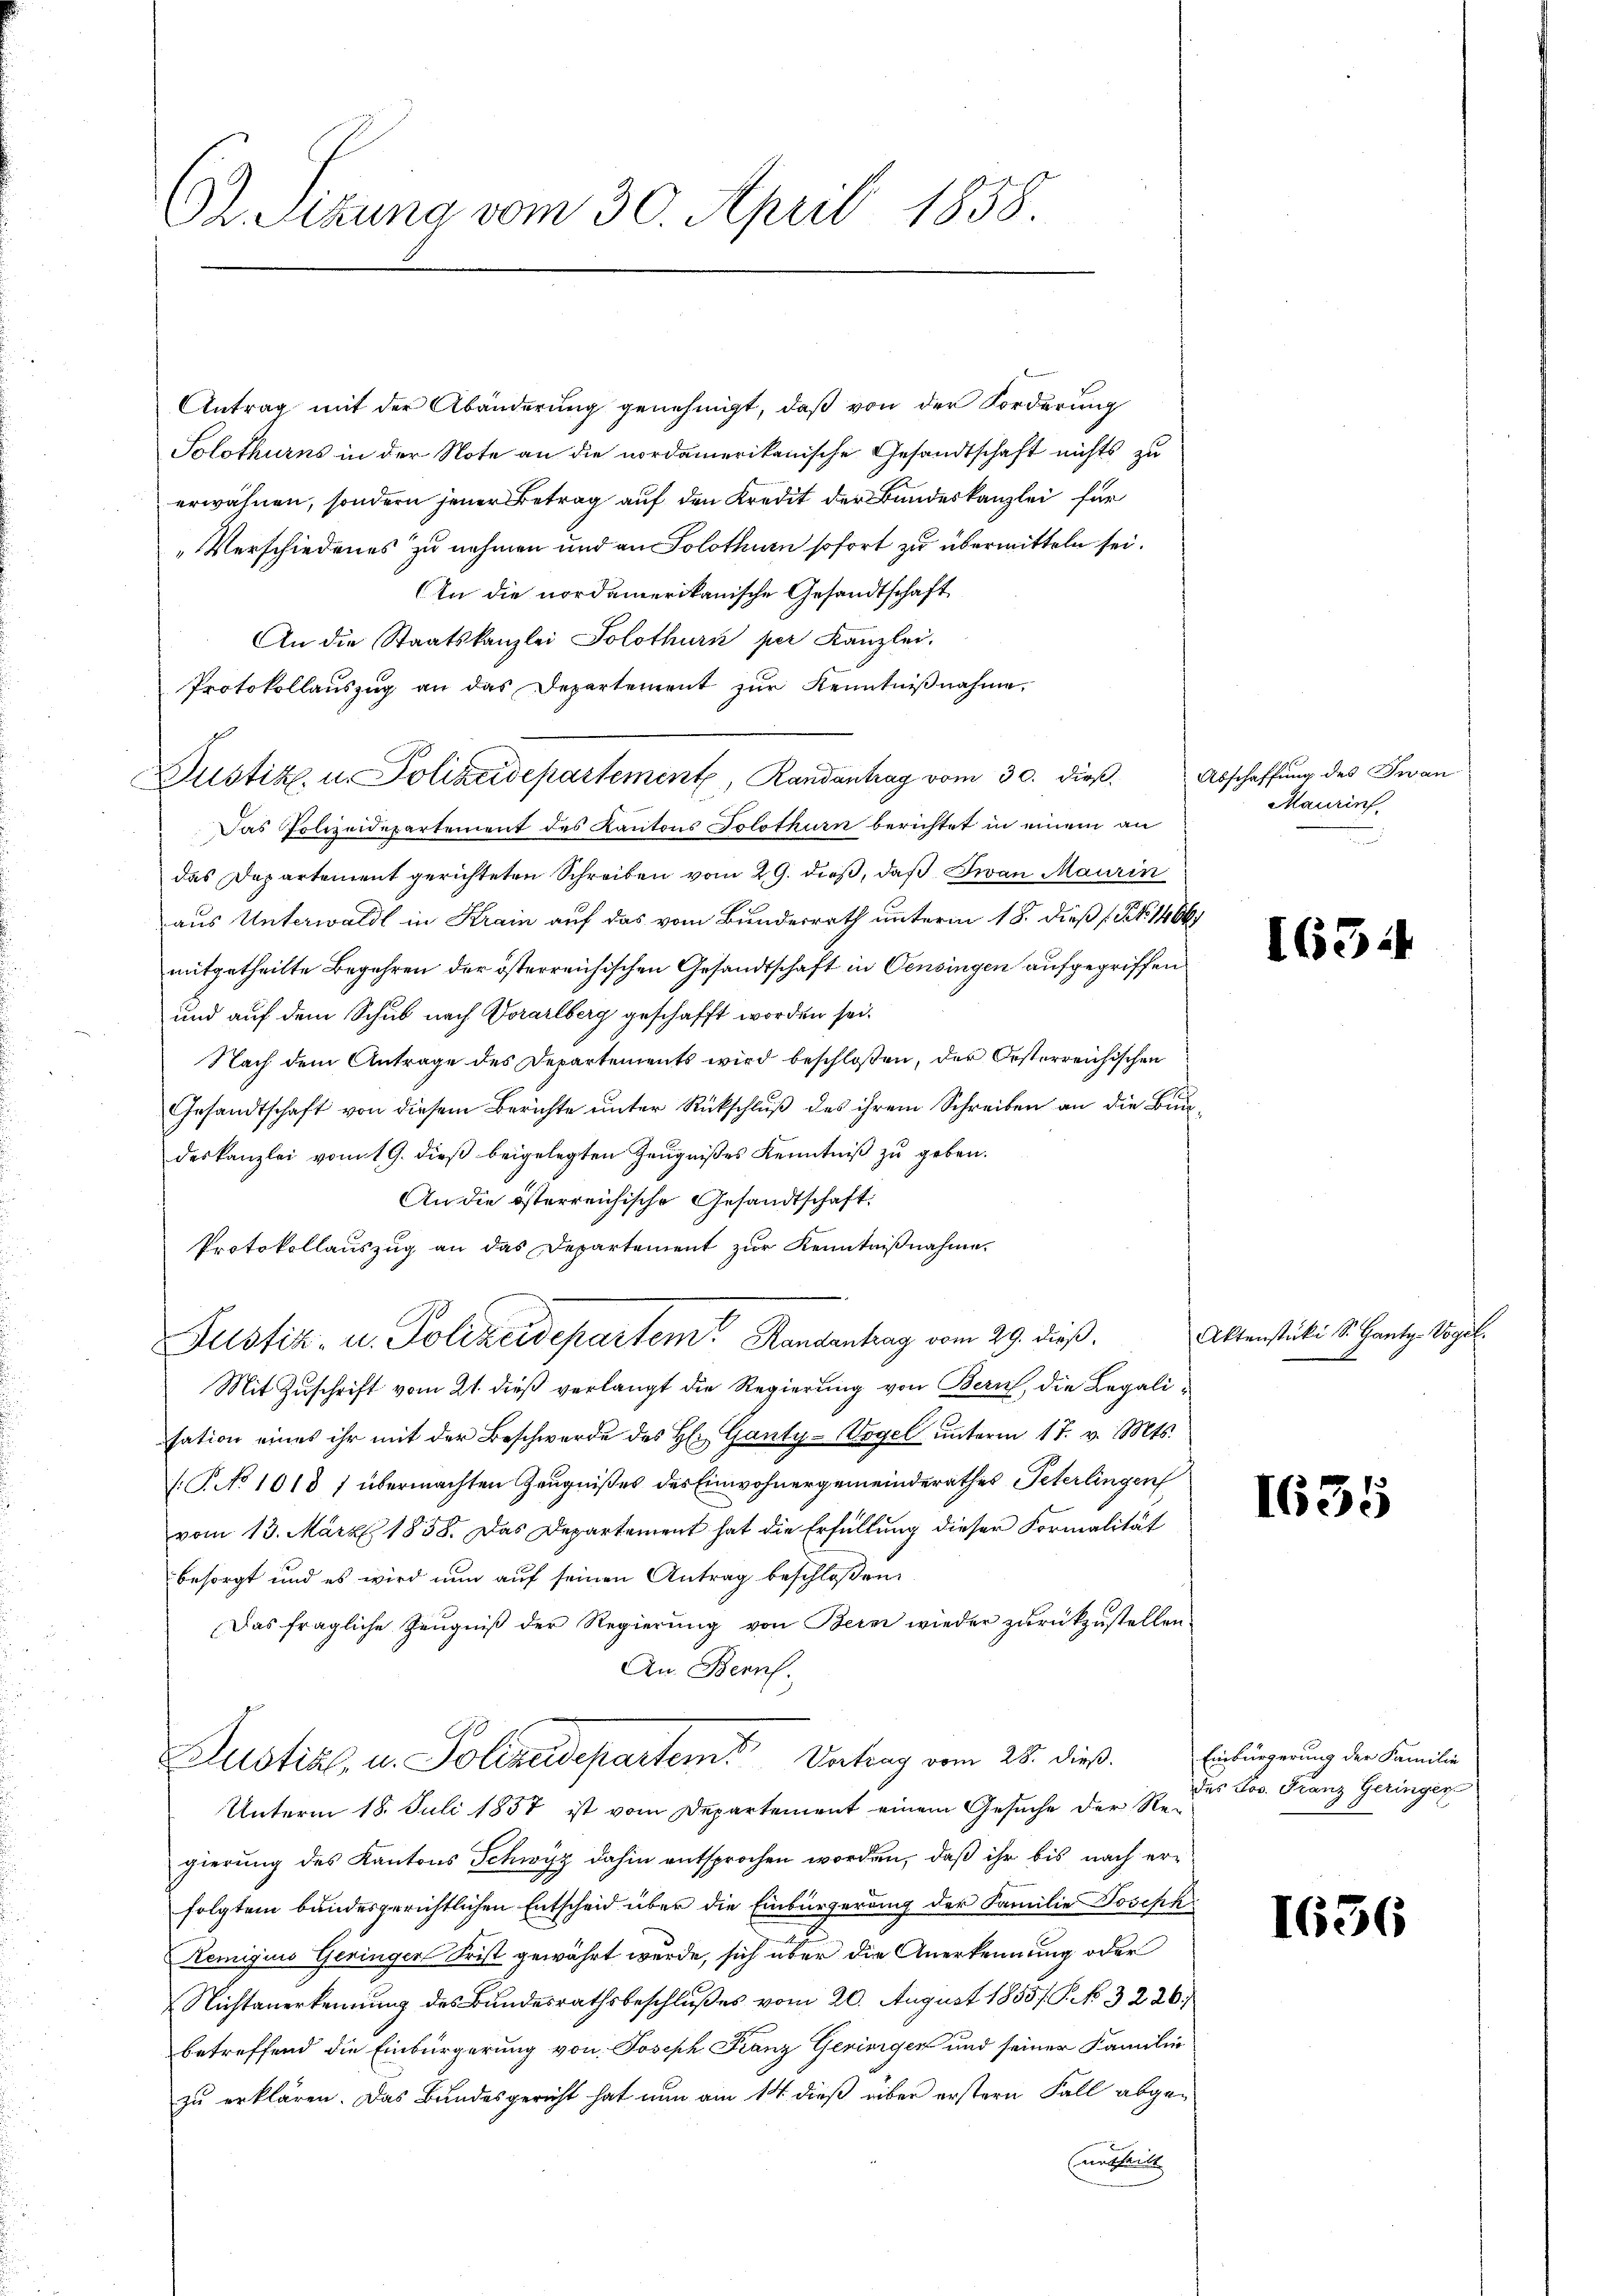
O Sizung vom 30. April 1858.

Antrag mit der Abänderŭng genehmigt, daβ von der Forderung
Solothurns in der Note an die nordamerikanische Gesandtschaft nichts zu
erwähnen, sondern jener Betrag auf den Kredit der Bundeskanzlei für
„Verschiedenes zu nehmen und an Solothurn sofort zu übermitteln sei.
An die nordamerikanische Gesandtschaft
An die Staatskanzlei Solothurn per Kanzlei.
Protokollauszug an das Departement zur Kenntnißnahme,
Justiz u. Polizeidepartement, Randantrag vom 30. dieß.
Das Polizeidepartement des Kantons Solothurn berichtet in einem an
das Departement gerichteten Schreiben vom 29. dieß, daß Jwan Maurin
aus Unterwaldt in Krain auf das vom Bundesrath unterm 18. dieß (Nr. 1404
mitgetheilte Begehren der österreichischen Gesandtschaft in Censingen aufgegriffen
und auf dem Schub nach Vorarlberg geschafft worden sei.
Nach dem Antrage des Departements wird beschloßen, der Oesterreichischen
Gesandtschaft von diesem Berichte ŭnter Rückschlŭβ des ihrem Schreiben an die Bundeskanzlei vom 19. dieß beigelegten Zeugnißes Kenntniß zu geben.
An die österreichische Gesandtschaft
Protokollauszug an das Departement zur Kenntnißnahme
Justiz- u. Polizeidepartem Handentrag vom 29. dieß.
Mit Zuschrift vom 21. dieß verlangt die Regierung von Bern, die Legalisation eines ihr mit der Beschwerde des H: Ganty-Vogel ŭnterm 17. v. Mts.
/: P. No 1018 1 übermachten Zeugnißes des Einwohnergemeinderathes Peterlingen
vom 13. März 1858. Das Departement hat die Erfüllung dieser Formalität
besorgt und es wird nun auf seinen Antrag beschloßen:
Das fragliche Zeugniß der Regierung von Bern wieder zurückzustellen
An. Bern.
Justik u. Polizeidepartem Antrag vom 28. dieß.
Unterm 18. Juli 1857 ist vom Departement einem Gesuche der Re-
gierung des Kantons Schwyz dahin entsprochen worden, daß ihr bis nach erfolgtem bundesgerichtlichen Entscheid über die Einbürgerung der Familie Josephi
Remigius Geringer Frist gewährt wurde, sich über die Anerkennung oder
Nichtanerkennung des Bundesrathsbeschlußes vom 20. August 1855/ P. NNo. 3226.
betreffend die Einbürgerung von Joseph Franz Gerinigen und seiner Familie
zu erklären. Das Bundesgericht hat nun am 14. dieß über erstern Fall abgeurtheilt |

Abschaffung des Zwan
Maurin

163.

Aktenstücke S. Gantz-Vogel.

1635

1656

Einbürgerung der Familie
des Jos. Franz Geringer